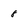
Character: 8